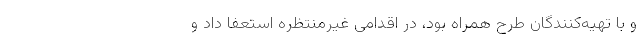
و با تهیه‌کنندگان طرح همراه بود، در اقدامی غیر‌منتظره استعفا داد و